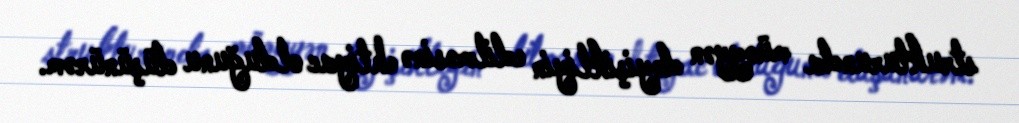
strukturunda müəyyən dəyişikliyin edilməsinə ehtiyac olduğunu düşünürəm.